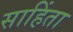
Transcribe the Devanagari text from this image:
साहिंता